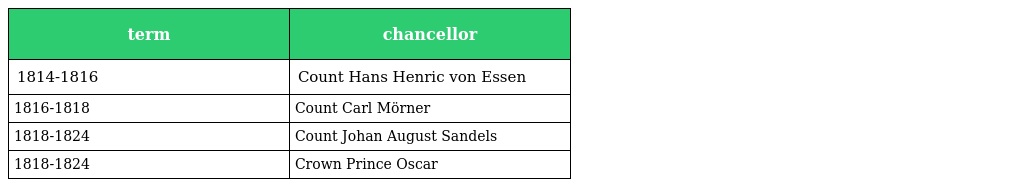
| term | chancellor |
 | --- | --- |
 | 1814-1816 | Count Hans Henric von Essen |
 | 1816-1818 | Count Carl Mörner |
 | 1818-1824 | Count Johan August Sandels |
 | 1818-1824 | Crown Prince Oscar |